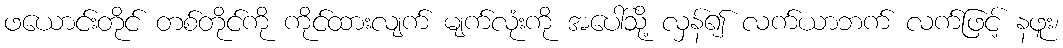
ဖယောင်းတိုင် တစ်တိုင်ကို ကိုင်ထားလျက် မျက်လုံးကို အပေါ်သို့ လှန်၍ လက်ယာဘက် လက်ဖြင့် နဖူး၊